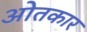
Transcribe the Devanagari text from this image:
ओतकार